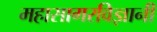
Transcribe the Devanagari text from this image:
महासागरविज्ञानी